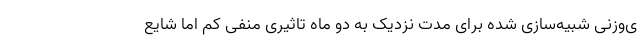
ی‌وزنی شبیه‌سازی شده برای مدت نزدیک به دو ماه تاثیری منفی کم اما شایع